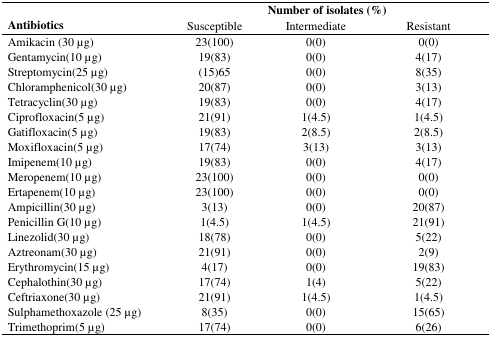
<table><thead><tr><td rowspan="2"><b>Antibiotics</b></td><td colspan="3"><b>Number of isolates (%)</b></td></tr><tr><td><b>Susceptible</b></td><td><b>Intermediate</b></td><td><b>Resistant</b></td></tr></thead><tbody><tr><td>Amikacin (30 μg)</td><td>23(100)</td><td>0(0)</td><td>0(0)</td></tr><tr><td>Gentamycin(10 μg)</td><td>19(83)</td><td>0(0)</td><td>4(17)</td></tr><tr><td>Streptomycin(25 μg)</td><td>(15)65</td><td>0(0)</td><td>8(35)</td></tr><tr><td>Chloramphenicol(30 μg)</td><td>20(87)</td><td>0(0)</td><td>3(13)</td></tr><tr><td>Tetracyclin(30 μg)</td><td>19(83)</td><td>0(0)</td><td>4(17)</td></tr><tr><td>Ciprofloxacin(5 μg)</td><td>21(91)</td><td>1(4.5)</td><td>1(4.5)</td></tr><tr><td>Gatifloxacin(5 μg)</td><td>19(83)</td><td>2(8.5)</td><td>2(8.5)</td></tr><tr><td>Moxifloxacin(5 μg)</td><td>17(74)</td><td>3(13)</td><td>3(13)</td></tr><tr><td>Imipenem(10 μg)</td><td>19(83)</td><td>0(0)</td><td>4(17)</td></tr><tr><td>Meropenem(10 μg)</td><td>23(100)</td><td>0(0)</td><td>0(0)</td></tr><tr><td>Ertapenem(10 μg)</td><td>23(100)</td><td>0(0)</td><td>0(0)</td></tr><tr><td>Ampicillin(30 μg)</td><td>3(13)</td><td>0(0)</td><td>20(87)</td></tr><tr><td>Penicillin G(10 μg)</td><td>1(4.5)</td><td>1(4.5)</td><td>21(91)</td></tr><tr><td>Linezolid(30 μg)</td><td>18(78)</td><td>0(0)</td><td>5(22)</td></tr><tr><td>Aztreonam(30 μg)</td><td>21(91)</td><td>0(0)</td><td>2(9)</td></tr><tr><td>Erythromycin(15 μg)</td><td>4(17)</td><td>0(0)</td><td>19(83)</td></tr><tr><td>Cephalothin(30 μg)</td><td>17(74)</td><td>1(4)</td><td>5(22)</td></tr><tr><td>Ceftriaxone(30 μg)</td><td>21(91)</td><td>1(4.5)</td><td>1(4.5)</td></tr><tr><td>Sulphamethoxazole (25 μg)</td><td>8(35)</td><td>0(0)</td><td>15(65)</td></tr><tr><td>Trimethoprim(5 μg)</td><td>17(74)</td><td>0(0)</td><td>6(26)</td></tr></tbody></table>